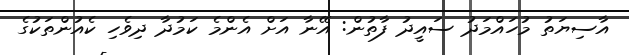
އާސިޔަތު މުހައްމަދު ސައީދު ފާތުން: އޭނާ އަށް އެންމެ ކަމުދާ ދިވެހި ކެއުންތަކުގެ